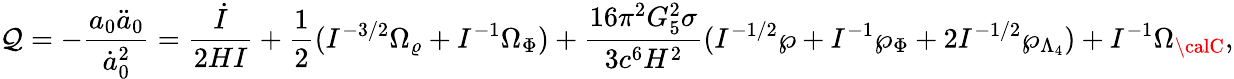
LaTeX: \mathcal{Q}=-{\frac{{a_{0}\ddot{{a}}_{0}}}{{\dot{{a}}_{0}^{2}}}}={\frac{{\dot{{I}}}}{{2HI}}}+{\frac{{1}}{{2}}}(I^{-3/2}\Omega_{\varrho}+I^{-1}\Omega_{\Phi})+{\frac{{16\pi^{2}G_{5}^{2}\sigma}}{{3c^{6}H^{2}}}}(I^{-1/2}\wp+I^{-1}\wp_{\Phi}+2I^{-1/2}\wp_{\Lambda_{4}})+I^{-1}\Omega_{\calC},